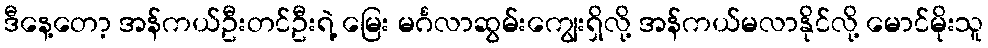
ဒီနေ့တော့ အန်ကယ်ဦးတင်ဦးရဲ့ မြေး မင်္ဂလာဆွမ်းကျွေးရှိလို့ အန်ကယ်မလာနိုင်လို့ မောင်မိုးသူ